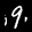
Label: 9